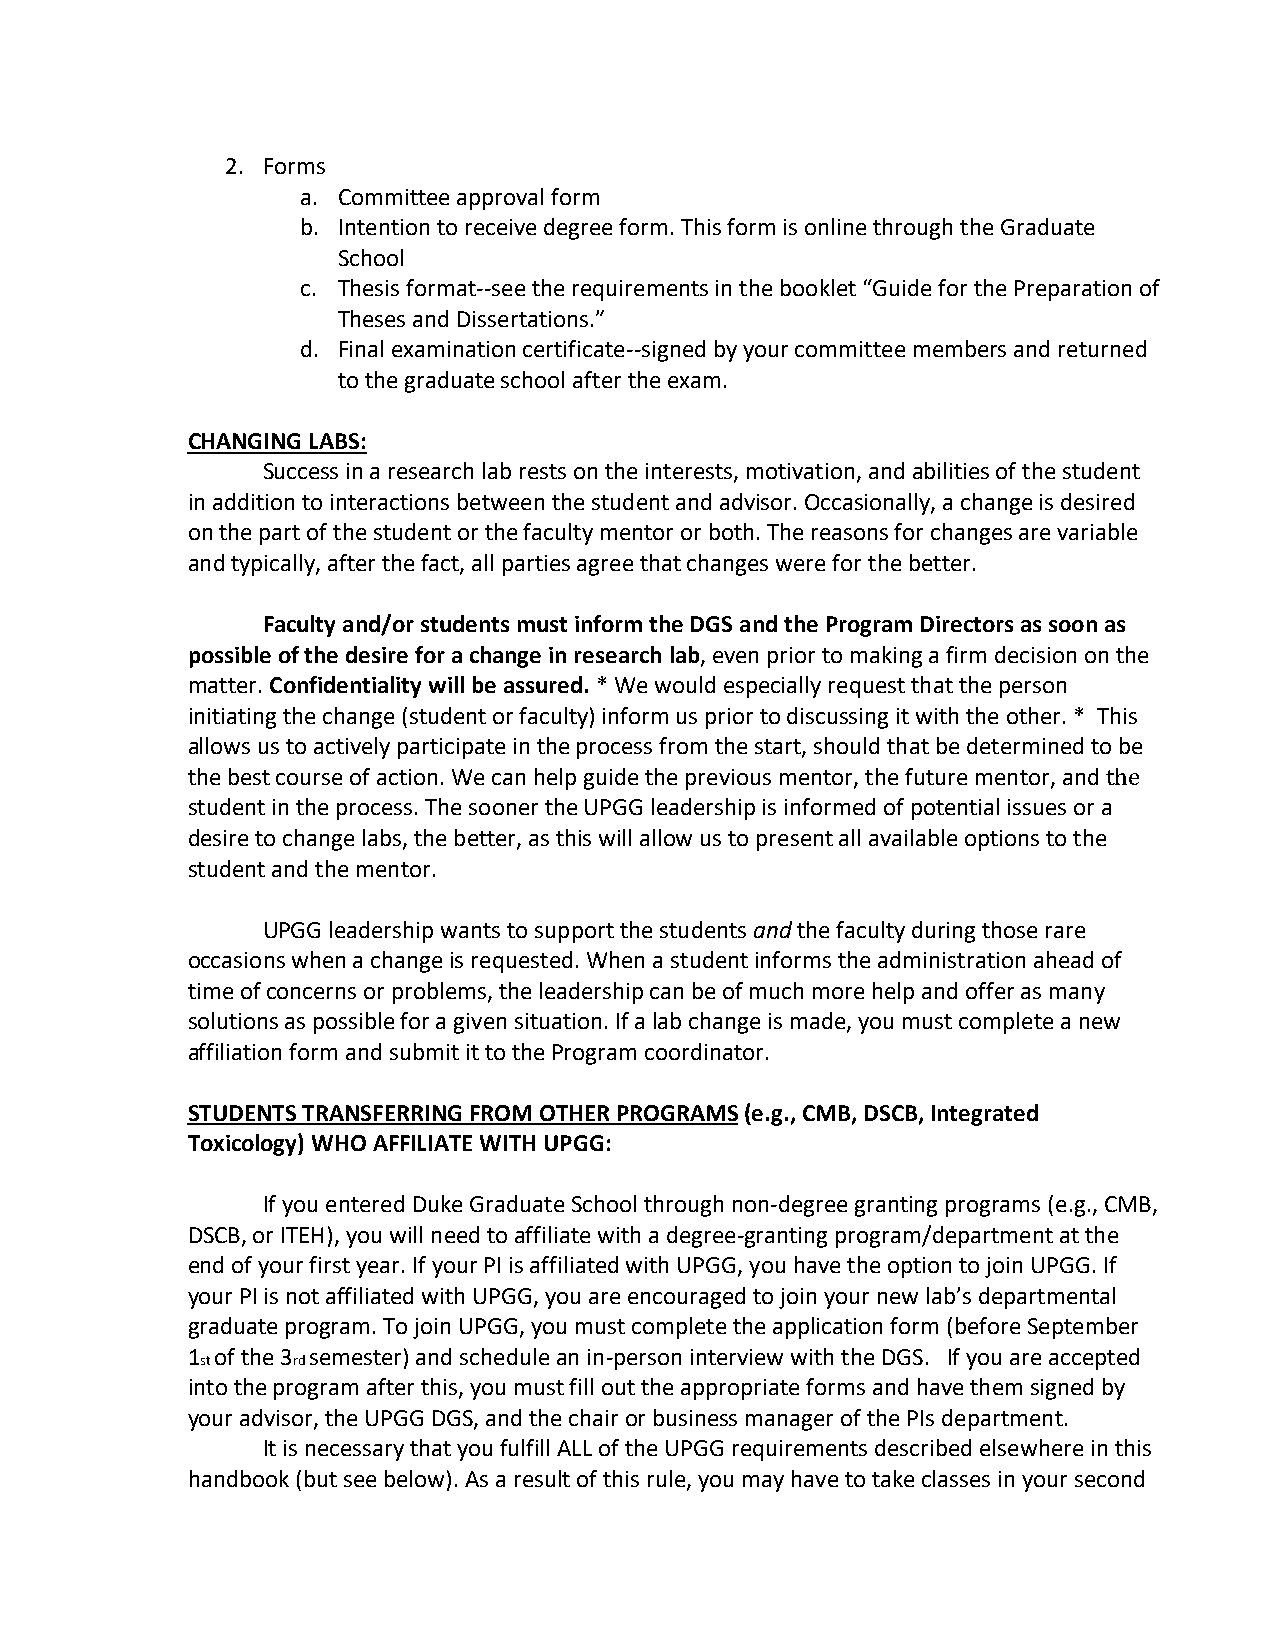
2. Forms
 a. Committee approval form
 b. Intention to receive degree form. This form is online through the Graduate
 School
 c. Thesis format--see the requirements in the booklet “Guide for the Preparation of
 Theses and Dissertations.”
 d. Final examination certificate--signed by your committee members and returned
 to the graduate school after the exam.
 CHANGING LABS:
 Success in a research lab rests on the interests, motivation, and abilities of the student
 in addition to interactions between the student and advisor. Occasionally, a change is desired
 on the part of the student or the faculty mentor or both. The reasons for changes are variable
 and typically, after the fact, all parties agree that changes were for the better.
 Faculty and/or students must inform the DGS and the Program Directors as soon as
 possible of the desire for a change in research lab, even prior to making a firm decision on the
 matter. Confidentiality will be assured. * We would especially request that the person
 initiating the change (student or faculty) inform us prior to discussing it with the other. * This
 allows us to actively participate in the process from the start, should that be determined to be
 the best course of action. We can help guide the previous mentor, the future mentor, and the
 student in the process. The sooner the UPGG leadership is informed of potential issues or a
 desire to change labs, the better, as this will allow us to present all available options to the
 student and the mentor.
 UPGG leadership wants to support the students and the faculty during those rare
 occasions when a change is requested. When a student informs the administration ahead of
 time of concerns or problems, the leadership can be of much more help and offer as many
 solutions as possible for a given situation. If a lab change is made, you must complete a new
 affiliation form and submit it to the Program coordinator.
 STUDENTS TRANSFERRING FROM OTHER PROGRAMS (e.g., CMB, DSCB, Integrated
 Toxicology) WHO AFFILIATE WITH UPGG:
 If you entered Duke Graduate School through non-degree granting programs (e.g., CMB,
 DSCB, or ITEH), you will need to affiliate with a degree-granting program/department at the
 end of your first year. If your PI is affiliated with UPGG, you have the option to join UPGG. If
 your PI is not affiliated with UPGG, you are encouraged to join your new lab’s departmental
 graduate program. To join UPGG, you must complete the application form (before September
 1 of the 3 semester) and schedule an in-person interview with the DGS. If you are accepted
 st    rd
 into the program after this, you must fill out the appropriate forms and have them signed by
 your advisor, the UPGG DGS, and the chair or business manager of the PIs department.
 It is necessary that you fulfill ALL of the UPGG requirements described elsewhere in this
 handbook (but see below). As a result of this rule, you may have to take classes in your second